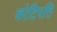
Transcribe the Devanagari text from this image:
कोटिपति